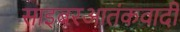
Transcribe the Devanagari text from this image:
साइबरआतंकवादी